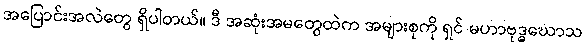
အပြောင်းအလဲတွေ ရှိပါတယ်။ ဒီ အဆုံးအမတွေထဲက အများစုကို ရှင် မဟာဗုဒ္ဓဃောသ